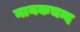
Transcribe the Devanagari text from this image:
नानकचन्द